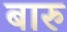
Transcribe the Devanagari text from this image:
बारु